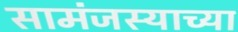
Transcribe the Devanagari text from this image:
सामंजस्याच्या